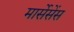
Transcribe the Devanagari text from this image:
मार्सेसेंस